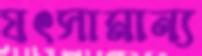
যৎসামান্য